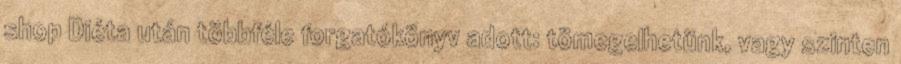
shop Diéta után többféle forgatókönyv adott: tömegelhetünk, vagy szinten